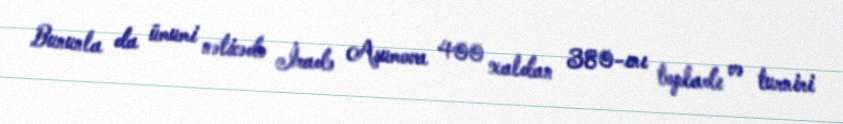
Bununla da ümumi nəticədə İradə Aşumova 400 xaldan 380-ını topladı və turniri